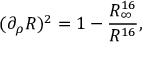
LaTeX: ( \partial _ { \rho } R ) ^ { 2 } = 1 - { \frac { R _ { \infty } ^ { 1 6 } } { R ^ { 1 6 } } } ,